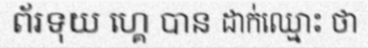
ព័រទុយ ហ្គេ បាន ដាក់ឈ្មោះ ថា